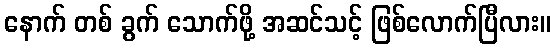
နောက် တစ် ခွက် သောက်ဖို့ အဆင်သင့် ဖြစ်လောက်ပြီလား။